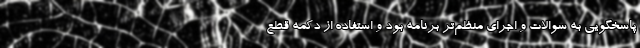
پاسخگویی به سوالات و اجرای منظم‌تر برنامه بود و استفاده از دکمه قطع